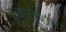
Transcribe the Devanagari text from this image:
इवोलूशन